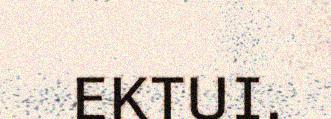
EKTUI.